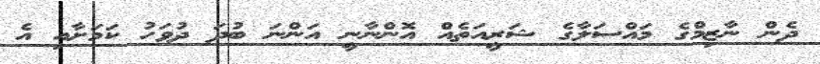
ދެން ނާޒިމްގެ މައްސަލާގެ ޝަރީއަތެއް އޮންނާނީ އަންނަ ބުދަ ދުވަހު ކަމަށާއި އެ